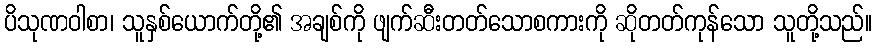
ပိသုဏဝါစာ၊ သူနှစ်ယောက်တို့၏ အချစ်ကို ဖျက်ဆီးတတ်သောစကားကို ဆိုတတ်ကုန်သော သူတို့သည်။